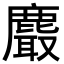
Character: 𪋄